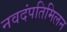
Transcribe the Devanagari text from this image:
नवदंपतिमिलन